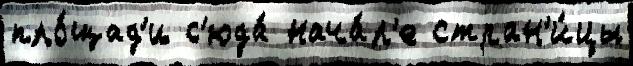
пло́щад'и с'юда́ нача́л'е стран'и́цы